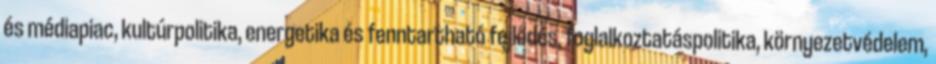
és médiapiac, kultúrpolitika, energetika és fenntartható fejlődés, foglalkoztatáspolitika, környezetvédelem,